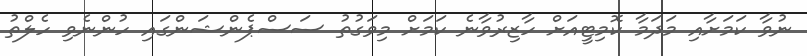
ނުވާ ކަމަަށާއި މަދަމާ ކޮމިޓީއަށް ހާޒިރުވާނެ ކަމަށް މިވަގުތު ސަސްޕެންޝަންގައި ހުންނެވި ހެލްތު